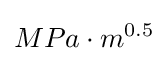
MPa\cdot m^{0.5}